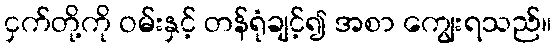
ငှက်တို့ကို ဝမ်းနှင့် တန်ရုံချင့်၍ အစာ ကျွေးရသည်။